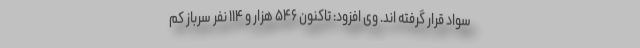
سواد قرار گرفته اند. وی افزود: تاکنون ۵۴۶ هزار و ۱۱۴ نفر سرباز کم